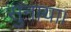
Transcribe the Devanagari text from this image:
सुनाया।